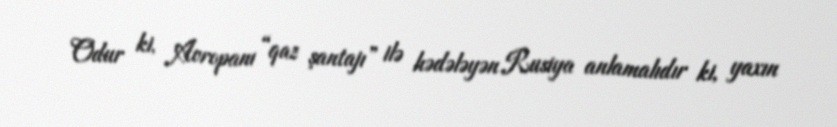
Odur ki, Avropanı “qaz şantajı” ilə hədələyən Rusiya anlamalıdır ki, yaxın